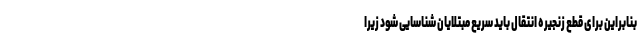
بنابراین برای قطع زنجیره انتقال باید سریع مبتلایان شناسایی شود زیرا